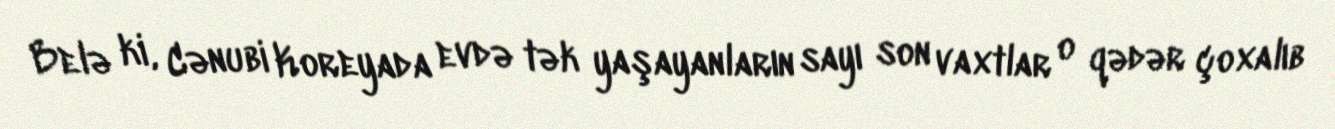
Belə ki, Cənubi Koreyada evdə tək yaşayanların sayı son vaxtlar o qədər çoxalıb